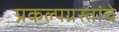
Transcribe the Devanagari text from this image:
प्रकल्पग्रस्तांचे